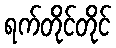
ရက်တိုင်တိုင်